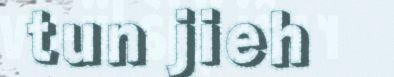
tun jieh